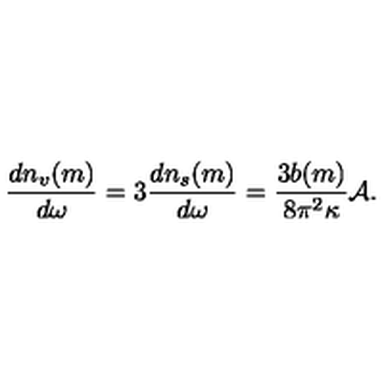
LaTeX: { \frac { d n _ { v } ( m ) } { d \omega } } = 3 { \frac { d n _ { s } ( m ) } { d \omega } } = { \frac { 3 b ( m ) } { 8 \pi ^ { 2 } \kappa } } { \cal A } .